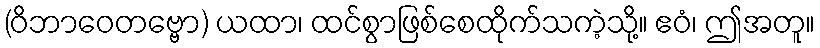
(ဝိဘာဝေတဗ္ဗော) ယထာ၊ ထင်စွာဖြစ်စေထိုက်သကဲ့သို့။ ဧဝံ၊ ဤအတူ။